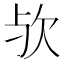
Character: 欤